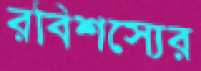
রবিশস্যের